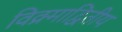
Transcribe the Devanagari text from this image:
विक्र्माद्वितीय